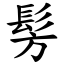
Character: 髣